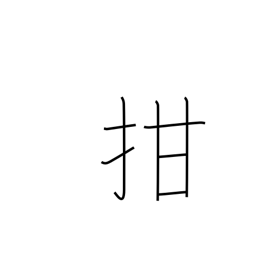
Meaning: shut one's mouth